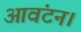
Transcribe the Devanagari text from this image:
आवंटन।